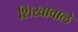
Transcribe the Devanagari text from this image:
शिखावाले